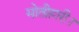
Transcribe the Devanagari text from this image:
मोतीहारी।